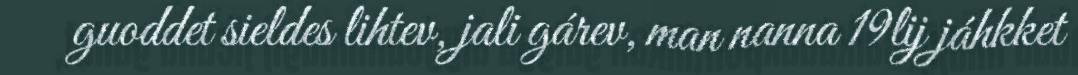
guoddet sieldes lihtev, jali gárev, man nanna 19lij jáhkket